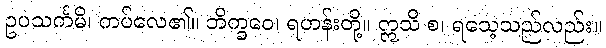
ဥပသင်္ကမိ၊ ကပ်လေ၏။ ဘိက္ခဝေ၊ ရဟန်းတို့။ ဣသိ စ၊ ရသေ့သည်လည်း။